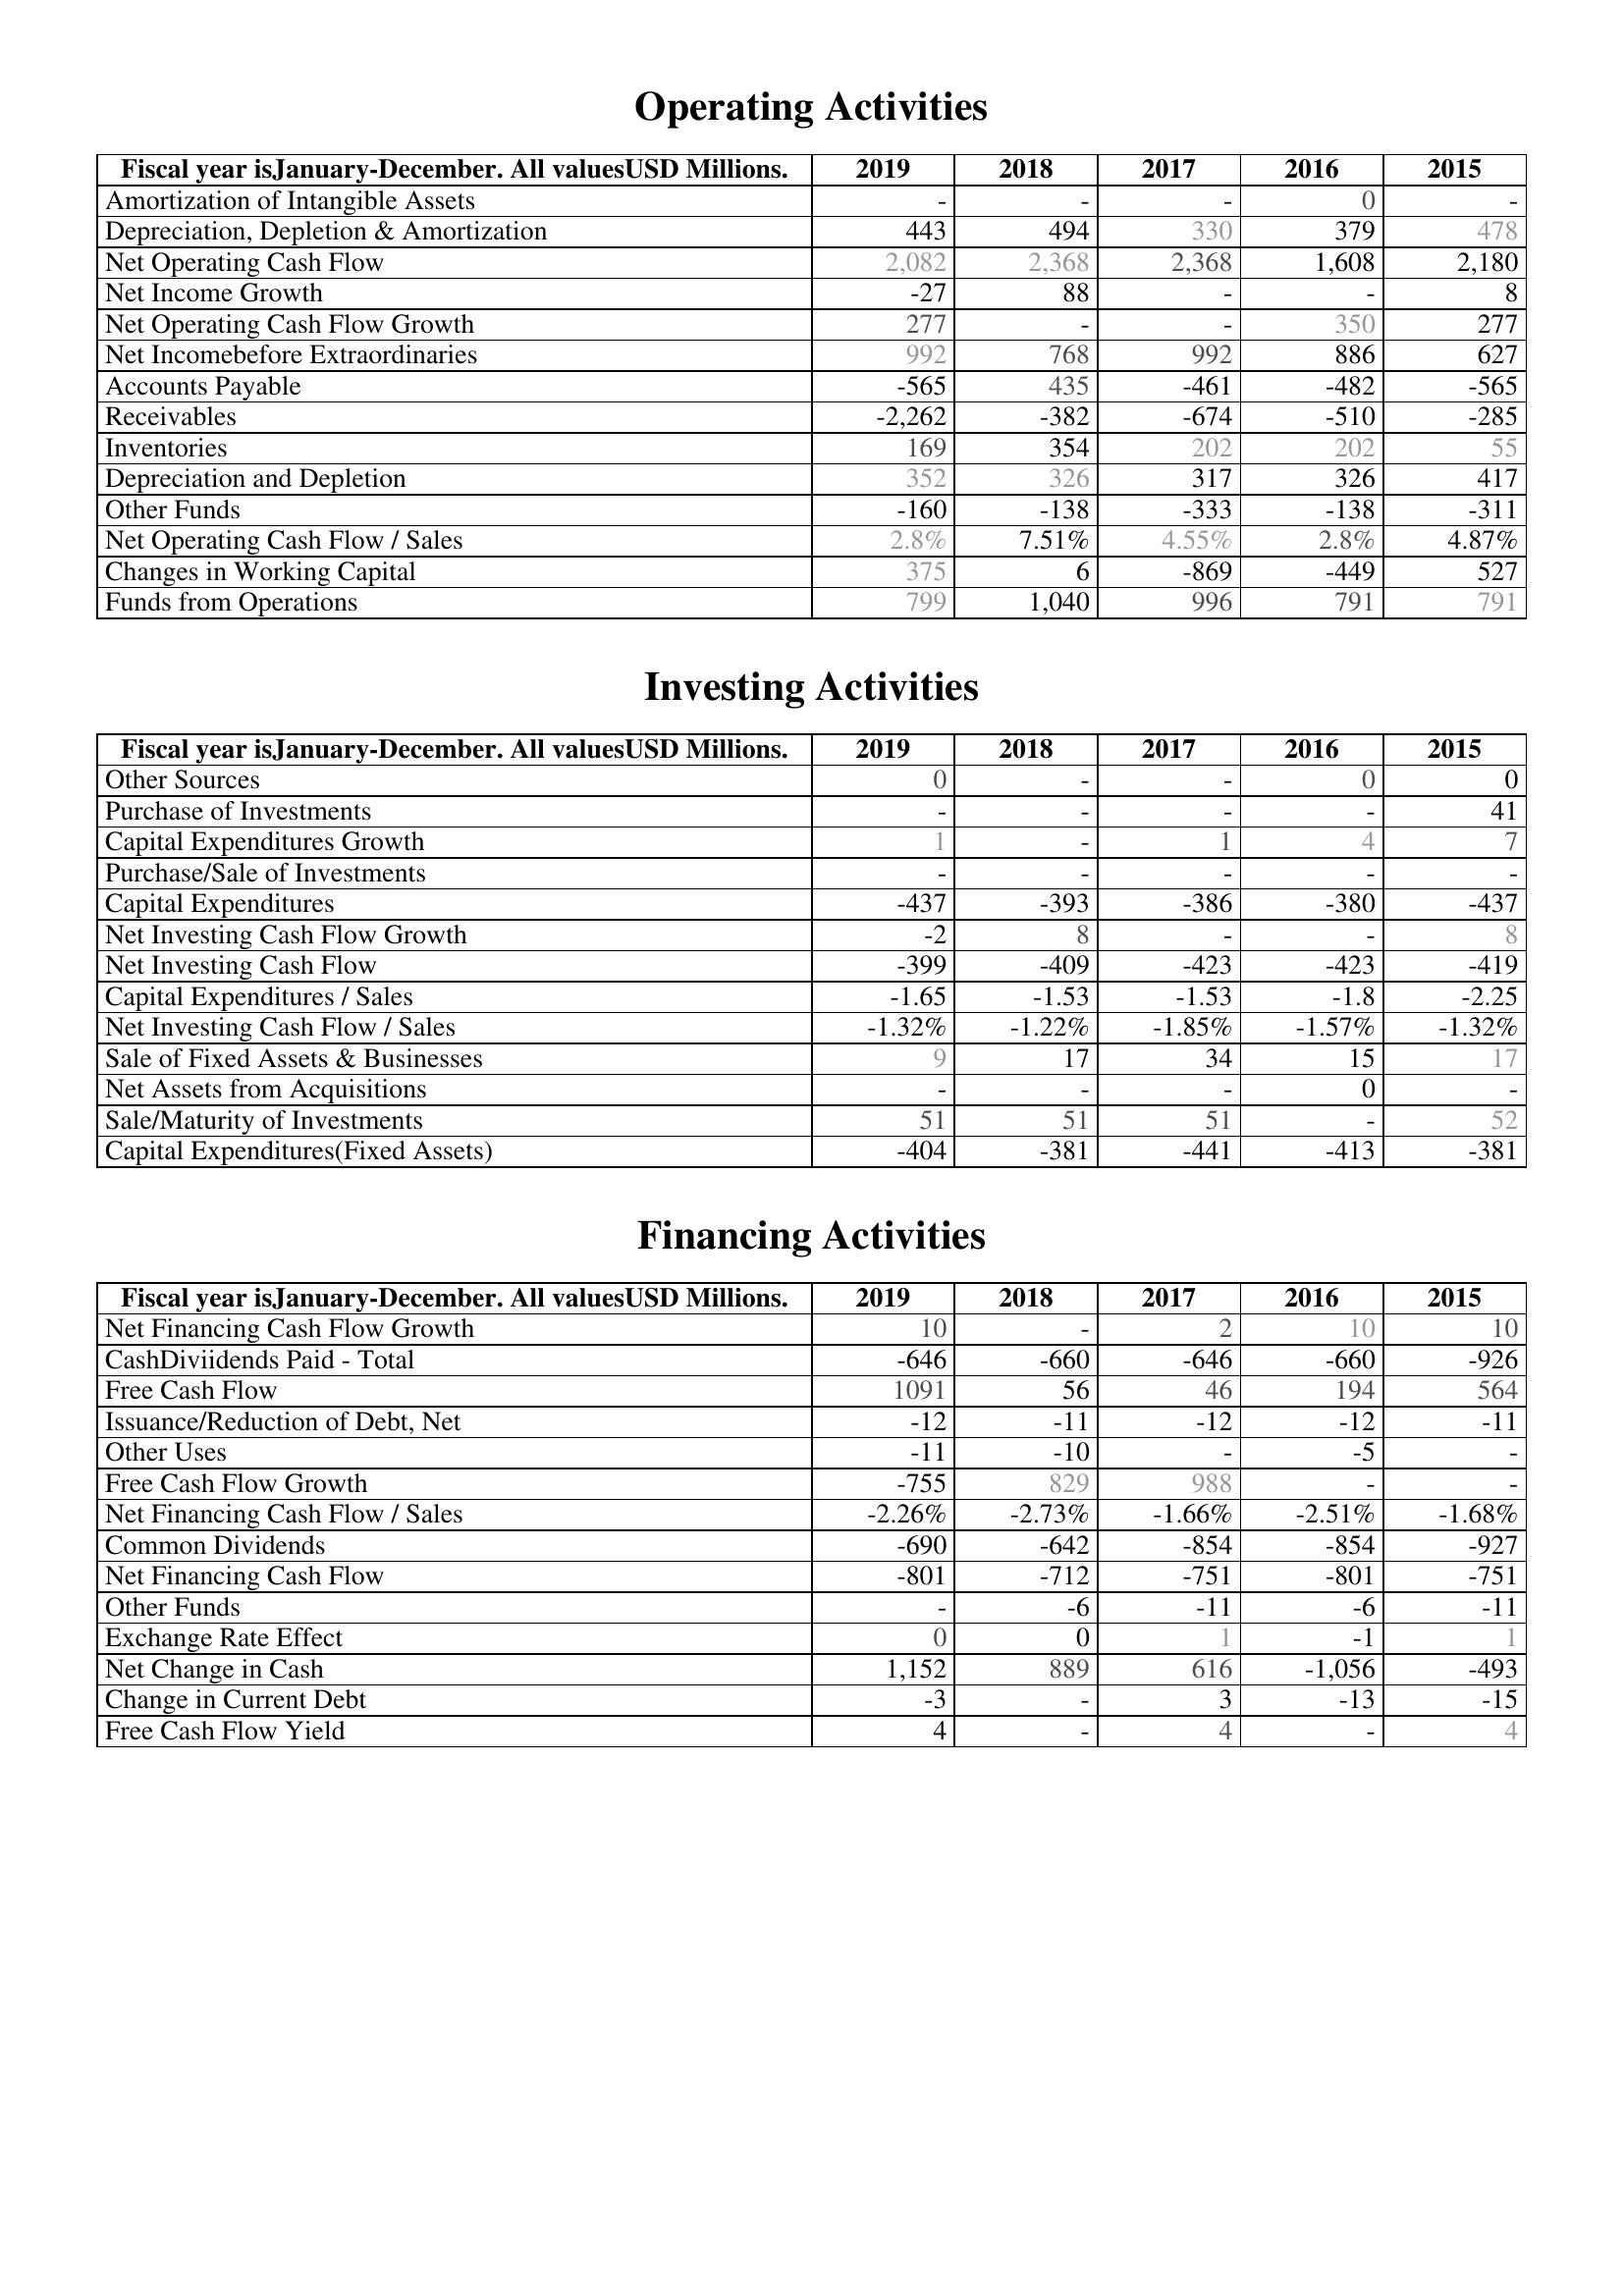
2019: Operating Activities: Amortization of Intangible Assets: -
Depreciation, Depletion & Amortization: 443
Net Operating Cash Flow: 2,082
Net Income Growth: -27
Net Operating Cash Flow Growth: 277
Net Incomebefore Extraordinaries: 992
Accounts Payable: -565
Receivables: -2,262
Inventories: 169
Depreciation and Depletion: 352
Other Funds: -160
Net Operating Cash Flow / Sales: 2.8%
Changes in Working Capital: 375
Funds from Operations: 799
Investing Activities: Other Sources: 0
Purchase of Investments: -
Capital Expenditures Growth: 1
Purchase/Sale of Investments: -
Capital Expenditures: -437
Net Investing Cash Flow Growth: -2
Net Investing Cash Flow: -399
Capital Expenditures / Sales: -1.65
Net Investing Cash Flow / Sales: -1.32%
Sale of Fixed Assets & Businesses: 9
Net Assets from Acquisitions: -
Sale/Maturity of Investments: 51
Capital Expenditures(Fixed Assets): -404
Financing Activities: Net Financing Cash Flow Growth: 10
CashDiviidends Paid - Total: -646
Free Cash Flow: 1091
Issuance/Reduction of Debt, Net: -12
Other Uses: -11
Free Cash Flow Growth: -755
Net Financing Cash Flow / Sales: -2.26%
Common Dividends: -690
Net Financing Cash Flow: -801
Other Funds: -
Exchange Rate Effect: 0
Net Change in Cash: 1,152
Change in Current Debt: -3
Free Cash Flow Yield: 4
2018: Operating Activities: Amortization of Intangible Assets: -
Depreciation, Depletion & Amortization: 494
Net Operating Cash Flow: 2,368
Net Income Growth: 88
Net Operating Cash Flow Growth: -
Net Incomebefore Extraordinaries: 768
Accounts Payable: 435
Receivables: -382
Inventories: 354
Depreciation and Depletion: 326
Other Funds: -138
Net Operating Cash Flow / Sales: 7.51%
Changes in Working Capital: 6
Funds from Operations: 1,040
Investing Activities: Other Sources: -
Purchase of Investments: -
Capital Expenditures Growth: -
Purchase/Sale of Investments: -
Capital Expenditures: -393
Net Investing Cash Flow Growth: 8
Net Investing Cash Flow: -409
Capital Expenditures / Sales: -1.53
Net Investing Cash Flow / Sales: -1.22%
Sale of Fixed Assets & Businesses: 17
Net Assets from Acquisitions: -
Sale/Maturity of Investments: 51
Capital Expenditures(Fixed Assets): -381
Financing Activities: Net Financing Cash Flow Growth: -
CashDiviidends Paid - Total: -660
Free Cash Flow: 56
Issuance/Reduction of Debt, Net: -11
Other Uses: -10
Free Cash Flow Growth: 829
Net Financing Cash Flow / Sales: -2.73%
Common Dividends: -642
Net Financing Cash Flow: -712
Other Funds: -6
Exchange Rate Effect: 0
Net Change in Cash: 889
Change in Current Debt: -
Free Cash Flow Yield: -
2017: Operating Activities: Amortization of Intangible Assets: -
Depreciation, Depletion & Amortization: 330
Net Operating Cash Flow: 2,368
Net Income Growth: -
Net Operating Cash Flow Growth: -
Net Incomebefore Extraordinaries: 992
Accounts Payable: -461
Receivables: -674
Inventories: 202
Depreciation and Depletion: 317
Other Funds: -333
Net Operating Cash Flow / Sales: 4.55%
Changes in Working Capital: -869
Funds from Operations: 996
Investing Activities: Other Sources: -
Purchase of Investments: -
Capital Expenditures Growth: 1
Purchase/Sale of Investments: -
Capital Expenditures: -386
Net Investing Cash Flow Growth: -
Net Investing Cash Flow: -423
Capital Expenditures / Sales: -1.53
Net Investing Cash Flow / Sales: -1.85%
Sale of Fixed Assets & Businesses: 34
Net Assets from Acquisitions: -
Sale/Maturity of Investments: 51
Capital Expenditures(Fixed Assets): -441
Financing Activities: Net Financing Cash Flow Growth: 2
CashDiviidends Paid - Total: -646
Free Cash Flow: 46
Issuance/Reduction of Debt, Net: -12
Other Uses: -
Free Cash Flow Growth: 988
Net Financing Cash Flow / Sales: -1.66%
Common Dividends: -854
Net Financing Cash Flow: -751
Other Funds: -11
Exchange Rate Effect: 1
Net Change in Cash: 616
Change in Current Debt: 3
Free Cash Flow Yield: 4
2016: Operating Activities: Amortization of Intangible Assets: 0
Depreciation, Depletion & Amortization: 379
Net Operating Cash Flow: 1,608
Net Income Growth: -
Net Operating Cash Flow Growth: 350
Net Incomebefore Extraordinaries: 886
Accounts Payable: -482
Receivables: -510
Inventories: 202
Depreciation and Depletion: 326
Other Funds: -138
Net Operating Cash Flow / Sales: 2.8%
Changes in Working Capital: -449
Funds from Operations: 791
Investing Activities: Other Sources: 0
Purchase of Investments: -
Capital Expenditures Growth: 4
Purchase/Sale of Investments: -
Capital Expenditures: -380
Net Investing Cash Flow Growth: -
Net Investing Cash Flow: -423
Capital Expenditures / Sales: -1.8
Net Investing Cash Flow / Sales: -1.57%
Sale of Fixed Assets & Businesses: 15
Net Assets from Acquisitions: 0
Sale/Maturity of Investments: -
Capital Expenditures(Fixed Assets): -413
Financing Activities: Net Financing Cash Flow Growth: 10
CashDiviidends Paid - Total: -660
Free Cash Flow: 194
Issuance/Reduction of Debt, Net: -12
Other Uses: -5
Free Cash Flow Growth: -
Net Financing Cash Flow / Sales: -2.51%
Common Dividends: -854
Net Financing Cash Flow: -801
Other Funds: -6
Exchange Rate Effect: -1
Net Change in Cash: -1,056
Change in Current Debt: -13
Free Cash Flow Yield: -
2015: Operating Activities: Amortization of Intangible Assets: -
Depreciation, Depletion & Amortization: 478
Net Operating Cash Flow: 2,180
Net Income Growth: 8
Net Operating Cash Flow Growth: 277
Net Incomebefore Extraordinaries: 627
Accounts Payable: -565
Receivables: -285
Inventories: 55
Depreciation and Depletion: 417
Other Funds: -311
Net Operating Cash Flow / Sales: 4.87%
Changes in Working Capital: 527
Funds from Operations: 791
Investing Activities: Other Sources: 0
Purchase of Investments: 41
Capital Expenditures Growth: 7
Purchase/Sale of Investments: -
Capital Expenditures: -437
Net Investing Cash Flow Growth: 8
Net Investing Cash Flow: -419
Capital Expenditures / Sales: -2.25
Net Investing Cash Flow / Sales: -1.32%
Sale of Fixed Assets & Businesses: 17
Net Assets from Acquisitions: -
Sale/Maturity of Investments: 52
Capital Expenditures(Fixed Assets): -381
Financing Activities: Net Financing Cash Flow Growth: 10
CashDiviidends Paid - Total: -926
Free Cash Flow: 564
Issuance/Reduction of Debt, Net: -11
Other Uses: -
Free Cash Flow Growth: -
Net Financing Cash Flow / Sales: -1.68%
Common Dividends: -927
Net Financing Cash Flow: -751
Other Funds: -11
Exchange Rate Effect: 1
Net Change in Cash: -493
Change in Current Debt: -15
Free Cash Flow Yield: 4